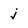
Character: j